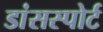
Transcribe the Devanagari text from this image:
डांसस्पोर्ट